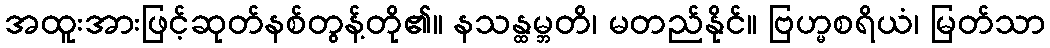
အထူးအားဖြင့်ဆုတ်နစ်တွန့်တို၏။ နသန္ထမ္ဘတိ၊ မတည်နိုင်။ ဗြဟ္မစရိယံ၊ မြတ်သာ